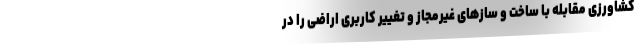
کشاورزی مقابله با ساخت و سازهای غیرمجاز و تغییر کاربری اراضی را در